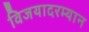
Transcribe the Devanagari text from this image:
विजयादरम्यान